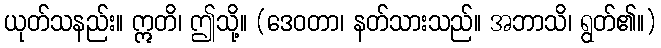
ယုတ်သနည်း။ ဣတိ၊ ဤသို့။ (ဒေဝတာ၊ နတ်သားသည်။ အဘာသိ၊ ရွတ်၏။)